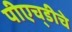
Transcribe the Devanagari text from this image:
पीएच्‌डीचे